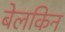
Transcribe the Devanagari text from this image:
बेलकिन